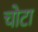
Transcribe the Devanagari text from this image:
चोटा